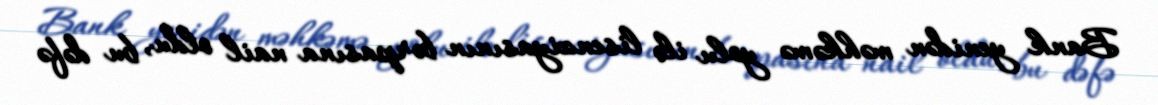
Bank yenidən məhkəmə yolu ilə lisenziyasının bərpasına nail oldu, bu dəfə